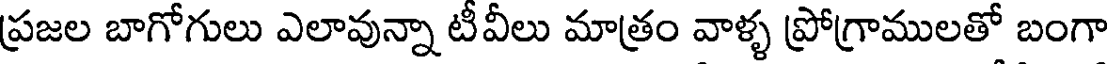
ప్రజల బాగోగులు ఎలావున్నా టీవీలు మాత్రం వాళ్ళ ప్రోగ్రాములతో బంగా